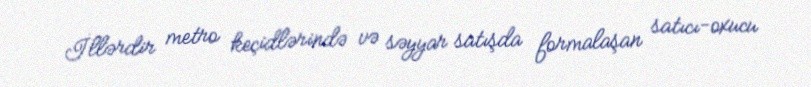
İllərdir metro keçidlərində və səyyar satışda formalaşan satıcı-oxucu